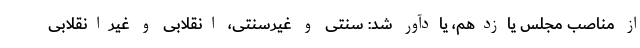
از مناصب مجلس یازدهم، یادآور شد: سنتی و غیرسنتی، انقلابی و غیرانقلابی